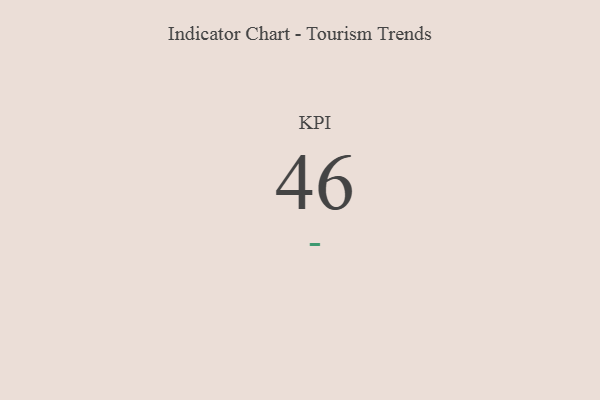
{"axis": {"x": "KPI", "y": "Value"}, "legend": [""], "data": [{"x": "KPI", "y": 46, "type": ""}]}